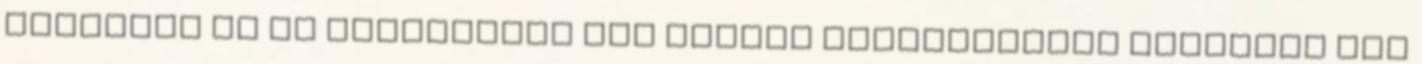
múltával az új energiában egy sokkal igazságosabb rendszer fog